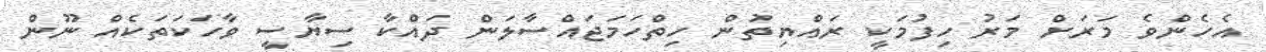
އެހެންވެ މަރަށް މަރު ހިފުމަކީ ރައްޔިތުން ހިތްހަމަޖައްސާލަން ދައްކާ ސިޔާސީ ވާހަކަތަކެއް ނޫން